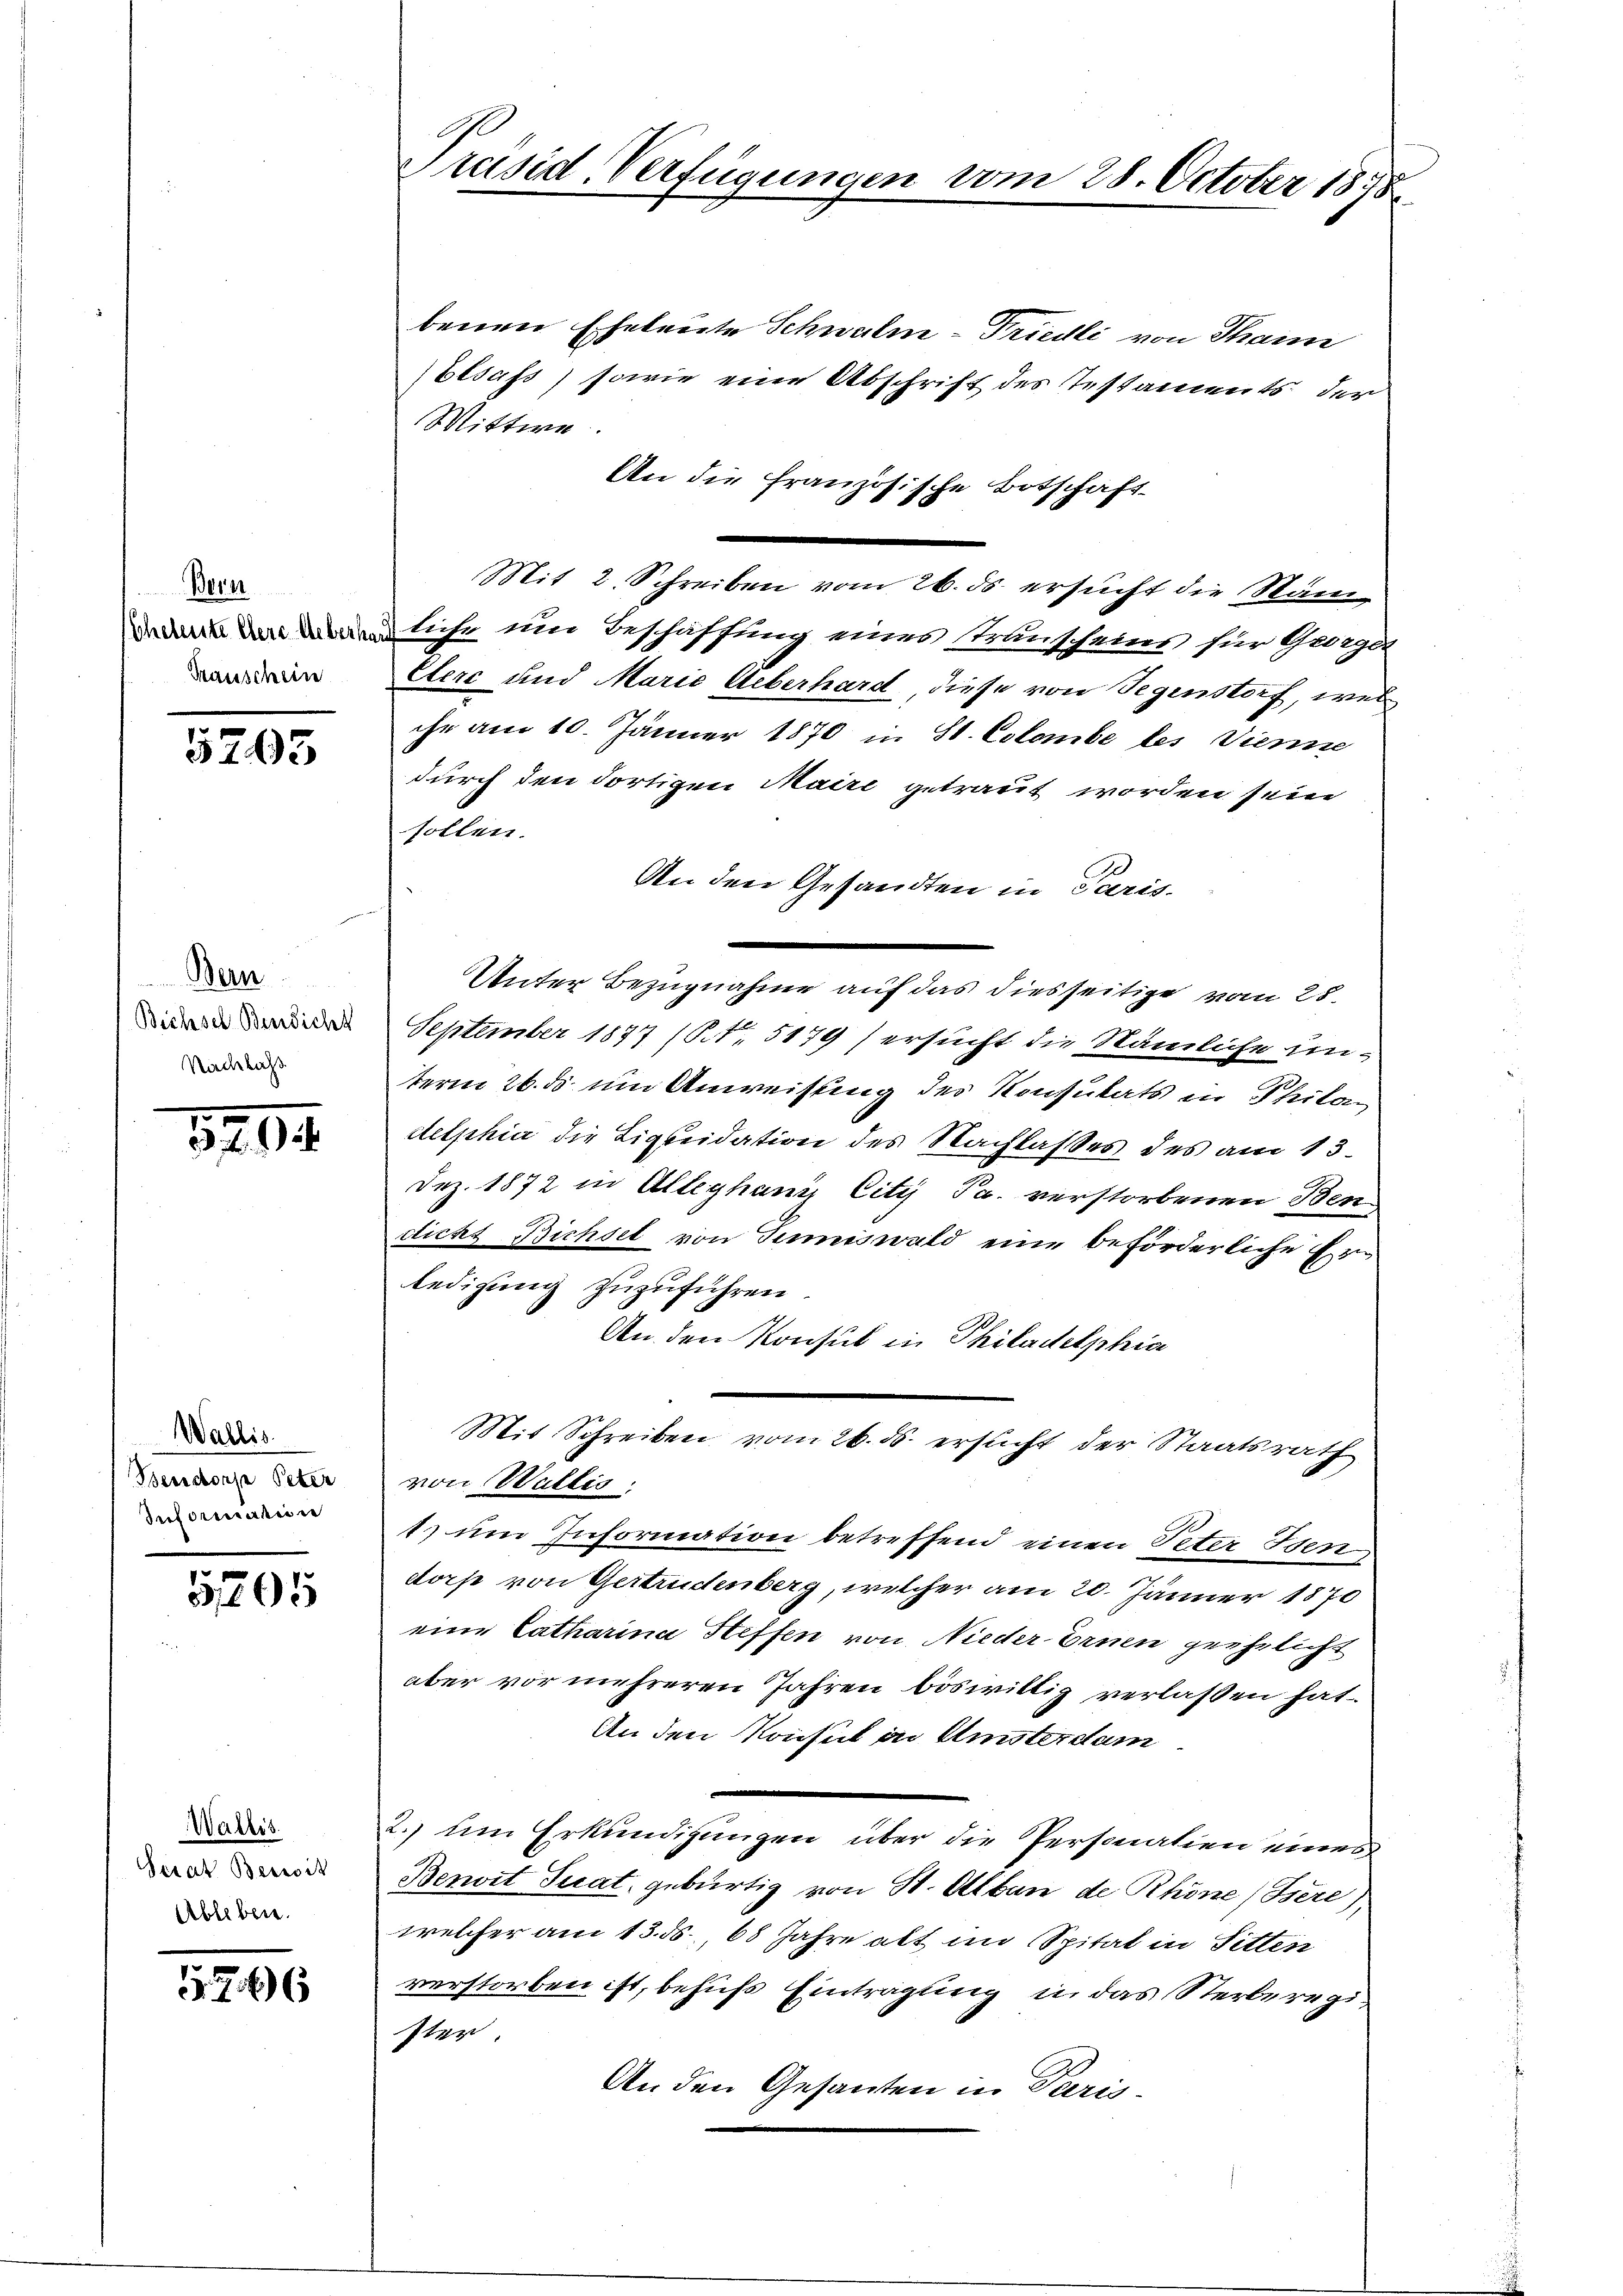
Bern
Transchein

5295

Bern
Bichsel Bersicht
Nirchlass

3794

Wallis
Bendorfe Peter
Dreforderteie

51205

Wallis.
Serat Bereit
Ableben.

16

Präsid-Verfügungen

benen Eheleute Schwalm-Friedli von Thann
Elsass, sowie eine Abschrift des Testaments der
Mittwe.
An die Französische Botschaft
e
Mit 2. Schreiben vom 26. ds ersucht die Nam
nliche um Beschäffung eines Kranscheins für Georgen
Etere und Marie Ueberhard, diese von Segenstorf, wel
ihr am 10. Jänner 1870 in St. Colombe les Dienne
durch den dortigen Maire getraut worden sein
sollen.
An den Gesandten in Paris-
Unter Bezugnahme auf das diesseitige vom 28.
September 1837 (N. 5179) ersucht die Nämliche unterm 26. ds um Anweisung des Konsulats in Philan
delphia die Liquidation des Nachlasses des am 13.
Dez. 1872 in Alleghanz, City Pr. verstorbenen Ben
dicht Bichsel von Tumiswald eine beförderliche Erledigung zuzuführen.
An den Konsul in Philadelphiae
Mit Schreiben vom 26. ds. ersucht der Staatsrath
von Wallis:
1) um Information betreffend einen Peter Iden
dorfe von Gertrudenberg, welcher am 20. Jänner 1870
eine Catharina Steffen von Nieder Ernen geehrlicht
aber vor mehreren Jahren böswillig verlassen hat.
An den Konsul in Amsterdam
2.) um Erkundigungen über die Personation eines
Bezwit Tuat, gebürtig von St. Albau de Rhöne (Bere),
welcher am 13. ds., 68 Jahre alt im Spital in Sitten
verstorben ist, behufs Eintragung in das Sterberegister.
An den Gesanten in Paris-

vom 28. October 1878